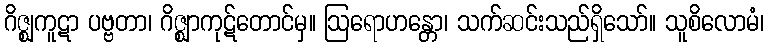
ဂိဇ္ဈကူဋာ ပဗ္ဗတာ၊ ဂိဇ္ဈာကုဋ်တောင်မှ။ ဩရောဟန္တော၊ သက်ဆင်းသည်ရှိသော်။ သူစိလောမံ၊